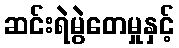
ဆင်းရဲမွဲတေမှုနှင့်